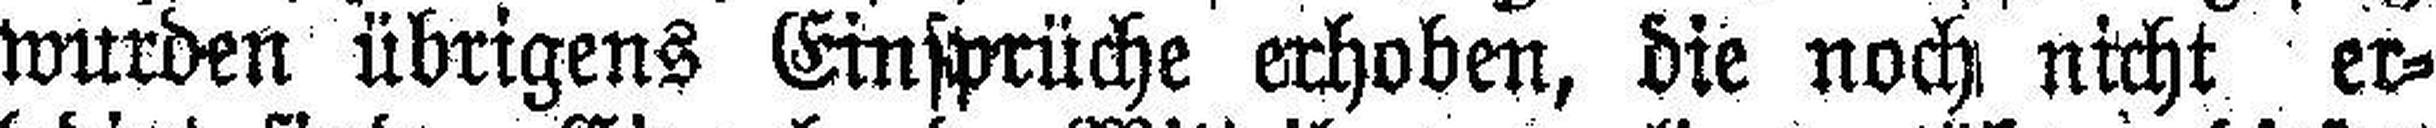
wurden übrigens Einsprüche erhoben, die noch nicht er¬